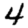
Digit: 4